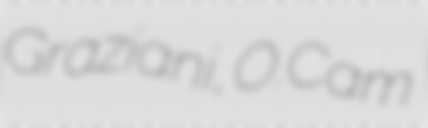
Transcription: Graziani, O.Cam